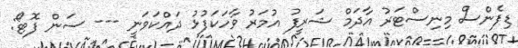
ޑިފެންސް މިނިސްޓަރު އާދަމް ޝަރީފު އުމަރު ވާހަކަފުޅު ދައްކަވަނީ --- ސަން ފޮޓޯ: